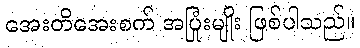
အေးတိအေးစက် အပြုံးမျိုး ဖြစ်ပါသည်။